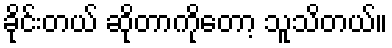
ခိုင်းတယ် ဆိုတာကိုတော့ သူသိတယ်။